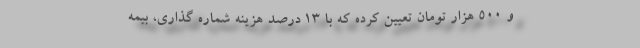
و 500 هزار تومان تعيين كرده كه با 13 درصد هزينه شماره گذاري، بيمه